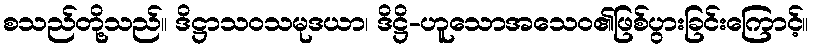
စသည်တို့သည်။ ဒိဋ္ဌာသဝသမုဒယာ၊ ဒိဋ္ဌိ-ဟူသောအသေဝ၏ဖြစ်ပွားခြင်းကြောင့်။